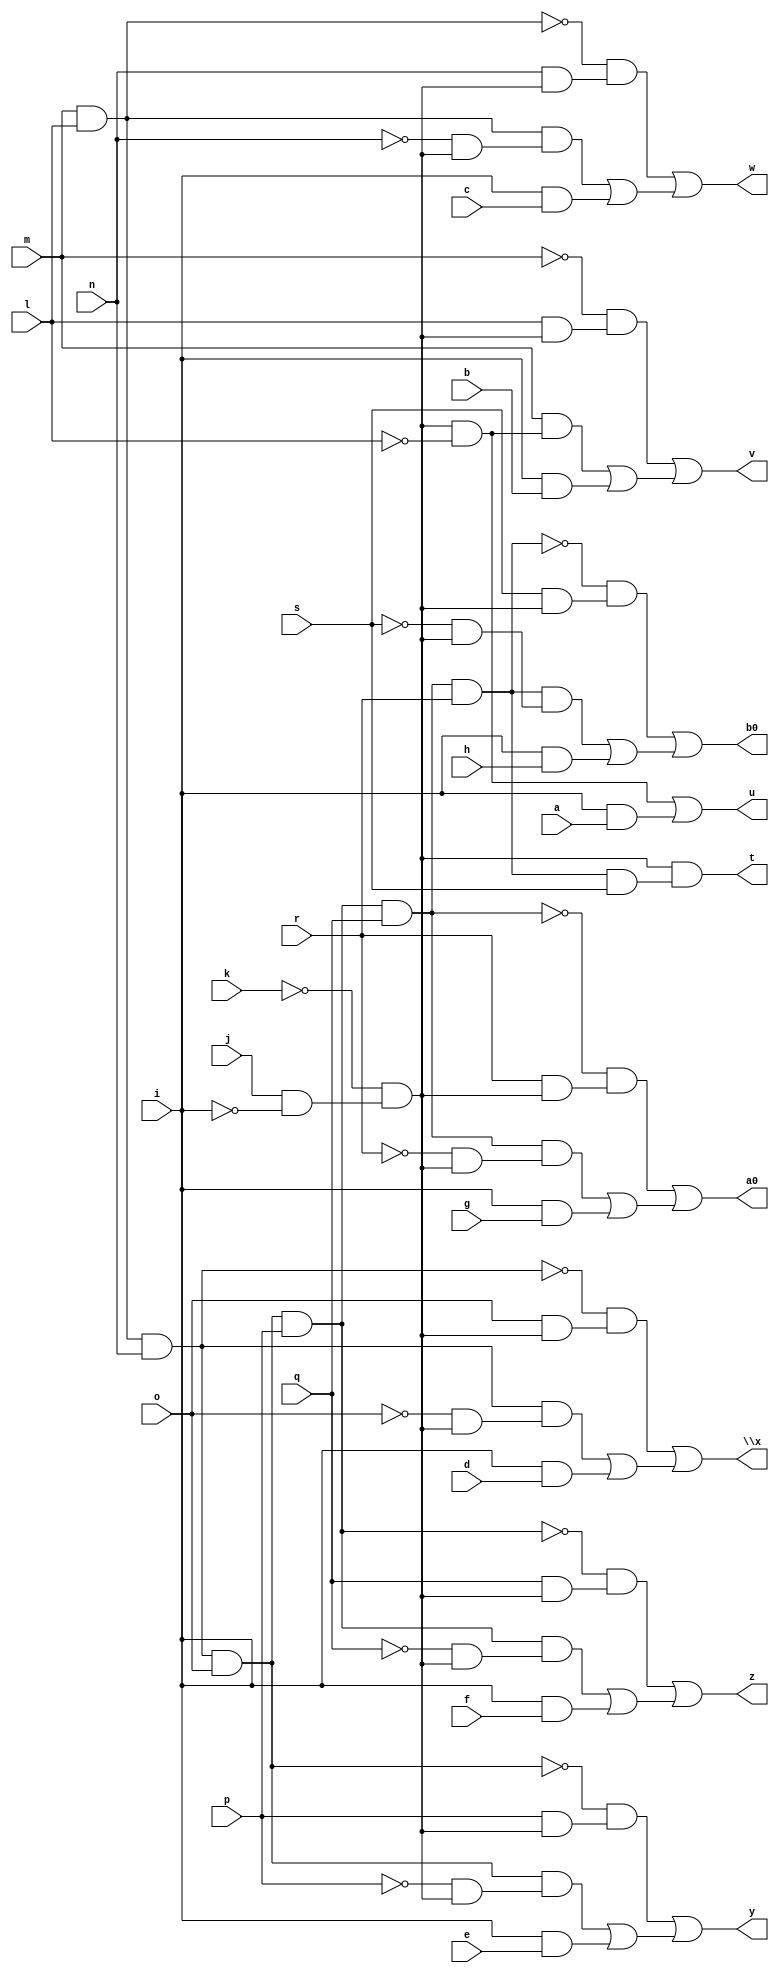
// IWLS benchmark module "pcle_cl" printed on Wed May 29 17:28:07 2002
module pcle_cl(a, b, c, d, e, f, g, h, i, j, k, l, m, n, o, p, q, r, s, t, u, v, w, \x , y, z, a0, b0);
input
  a,
  b,
  c,
  d,
  e,
  f,
  g,
  h,
  i,
  j,
  k,
  l,
  m,
  n,
  o,
  p,
  q,
  r,
  s;
output
  t,
  u,
  v,
  w,
  \x ,
  y,
  z,
  a0,
  b0;
wire
  z0,
  \[7] ,
  \[8] ,
  \[0] ,
  \[1] ,
  u0,
  \[2] ,
  v0,
  \[3] ,
  w0,
  \[4] ,
  a1,
  x0,
  \[5] ,
  y0,
  \[6] ;
assign
  z0 = a1 & n,
  \[7]  = (~w0 & (r & u0)) | ((w0 & (~r & u0)) | (i & g)),
  \[8]  = (~v0 & (s & u0)) | ((v0 & (~s & u0)) | (i & h)),
  \[0]  = u0 & (v0 & s),
  \[1]  = (u0 & ~l) | (i & a),
  u0 = ~k & (j & ~i),
  t = \[0] ,
  \[2]  = (~m & (l & u0)) | ((m & (~l & u0)) | (i & b)),
  u = \[1] ,
  v = \[2] ,
  w = \[3] ,
  \x  = \[4] ,
  y = \[5] ,
  z = \[6] ,
  v0 = w0 & r,
  \[3]  = (~a1 & (n & u0)) | ((a1 & (~n & u0)) | (i & c)),
  w0 = x0 & q,
  \[4]  = (~z0 & (o & u0)) | ((z0 & (~o & u0)) | (i & d)),
  a0 = \[7] ,
  a1 = m & l,
  x0 = y0 & p,
  \[5]  = (~y0 & (p & u0)) | ((y0 & (~p & u0)) | (i & e)),
  b0 = \[8] ,
  y0 = z0 & o,
  \[6]  = (~x0 & (q & u0)) | ((x0 & (~q & u0)) | (i & f));
endmodule